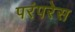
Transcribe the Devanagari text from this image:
परंपरेस